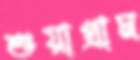
শুয়াগ্রাম